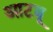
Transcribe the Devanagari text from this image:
आटवू